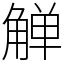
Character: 觯